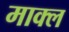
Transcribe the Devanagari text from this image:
माक्ल